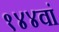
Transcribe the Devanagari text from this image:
१४४वां